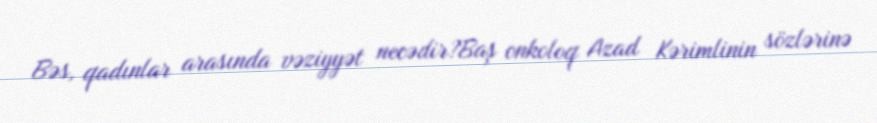
Bəs, qadınlar arasında vəziyyət necədir?Baş onkoloq Azad Kərimlinin sözlərinə